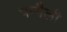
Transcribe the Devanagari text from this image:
पन्गैली